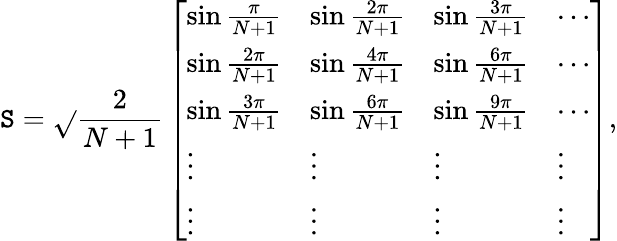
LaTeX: \mathtt{S}=\sqrt{}{{\frac{{2}}{{N+1}}}}\left[\begin{array}{llll}{\sin\frac{\pi}{N+1}}&{\sin\frac{2\pi}{N+1}}&{\sin\frac{3\pi}{N+1}}&{\cdots}\\ {\sin\frac{2\pi}{N+1}}&{\sin\frac{4\pi}{N+1}}&{\sin\frac{6\pi}{N+1}}&{\cdots}\\ {\sin\frac{3\pi}{N+1}}&{\sin\frac{6\pi}{N+1}}&{\sin\frac{9\pi}{N+1}}&{\cdots}\\ {\vdots}&{\vdots}&{\vdots}&{\vdots}\\ {\vdots}&{\vdots}&{\vdots}&{\vdots}\end{array}\right],